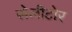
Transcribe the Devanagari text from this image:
सेलीटोर